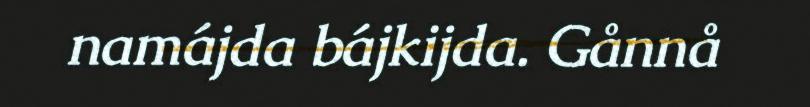
namájda bájkijda. Gånnå